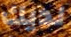
لديك